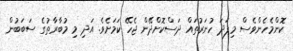
ކޮންމެހެންވެސް މިފަދަ ހުނަރުތައް ދަސްކޮށްދޭން ޖެހޭ ކަމަށެވެ. އަދި މި މުބާރާތުގެ ސަބަބުން